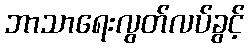
ဘာသာရေးလွတ်လပ်ခွင့်